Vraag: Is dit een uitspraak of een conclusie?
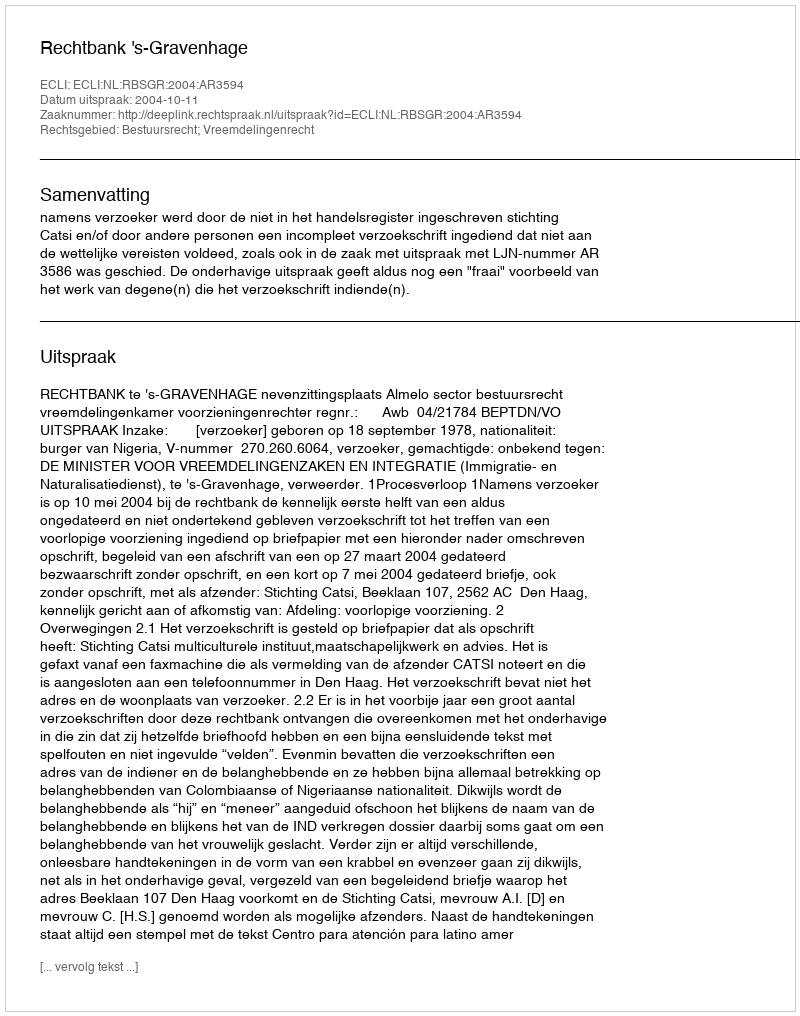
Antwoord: Uitspraak